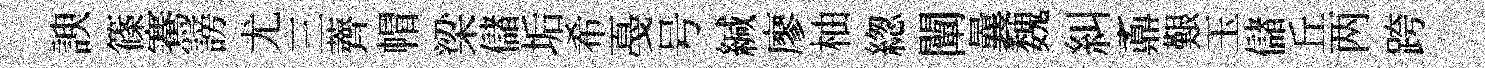
諛篠騫謗尤三薺帽梁儲垢希戞号緘廖柚緫闡曩魏糾鼒艱玉儲丘两跨